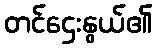
တင်ဌေးနွယ်၏